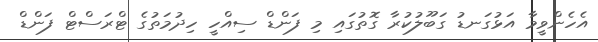
އެހެންވީމާ އަޅުގަނޑު ގަބޫލުކުރާ ގޮތުގައި މި ފަންޑް ސިއްހީ ހިދުމަތުގެ ޓްރަސްޓް ފަންޑް